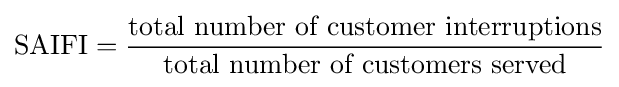
{\mbox{SAIFI}}={\frac {\mbox{total number of customer interruptions}}{\mbox{total number of customers served}}}